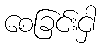
စေခြင်းငှါ